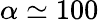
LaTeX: \alpha\simeq 100